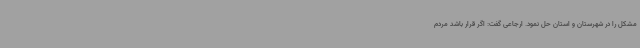
مشکل را در شهرستان و استان حل نمود. ارجاعی گفت: اگر قرار باشد مردم